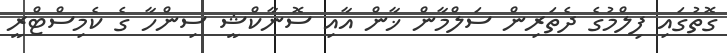
ގޮތުގައި ފިލްމުގެ ދެތަރިން ސަލްމާން ޚާން އާއި ސޮނާކްޝީ ސިންހާ ގެ ކެމިސްޓްރީ